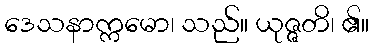
ဒေသနာက္ကမော၊ သည်။ ယုဇ္ဇတိ၊ ၏။